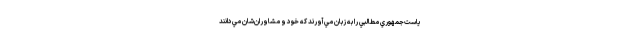
ياست‌جمهوري مطالبي را به زبان مي‌آورند كه خود و مشاوران‌شان مي‌دانند